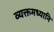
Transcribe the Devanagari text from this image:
व्यक्तमध्यानि